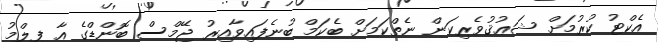
އެކްޓު ކުރުމަށް ޝަޢުޤުވެރިކަން ނެތްކަމަށް ބެކަމް ބުނެފައިވާއިރު ޖޭމްސް ބޮންޑްގެ އާ ފިލްމު